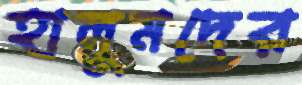
হালুমদের